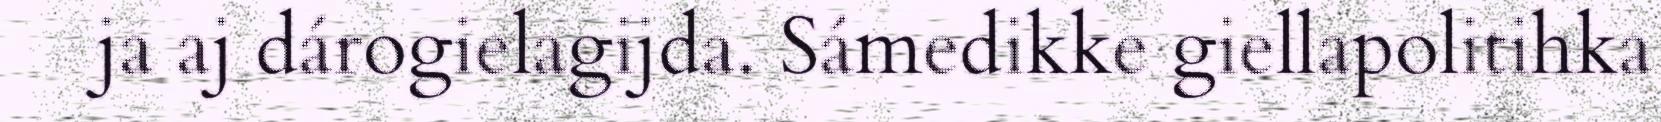
ja aj dárogielagijda. Sámedikke giellapolitihka